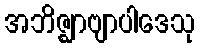
အဘိဇ္ဈာဗျာပါဒေသု